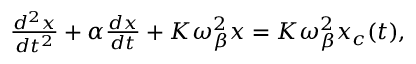
\begin{array} { r } { \frac { d ^ { 2 } x } { d t ^ { 2 } } + \alpha \frac { d x } { d t } + K \omega _ { \beta } ^ { 2 } x = K \omega _ { \beta } ^ { 2 } x _ { c } ( t ) \mathrm { , } } \end{array}